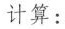
计算：